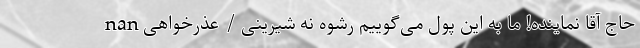
nan حاج آقا نماینده! ما به این پول می‌گوییم رشوه نه شیرینی / عذرخواهی